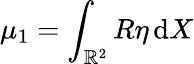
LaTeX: \mu_{1}=\int_{\mathbb{R}^{2}}R\eta\, \mathrm{d}X